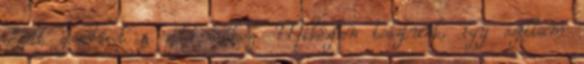
gőzölt gombócot a zöld teához. Miközben teáztunk, így szóltam